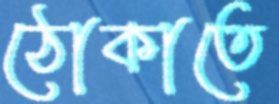
ঠোকাতে